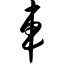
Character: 车